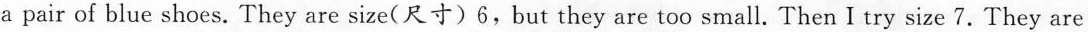
a pair of blue shoes. They are size(尺寸)6,but they are too small. Then I try size 7.They are